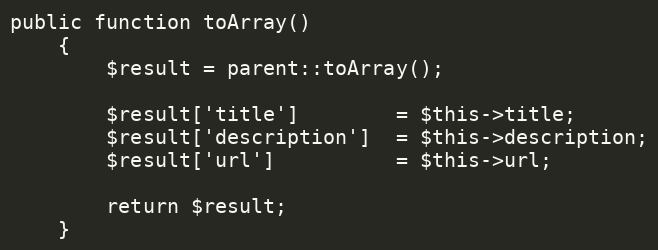
Language: PHP
public function toArray()
    {
        $result = parent::toArray();

        $result['title']        = $this->title;
        $result['description']  = $this->description;
        $result['url']          = $this->url;

        return $result;
    }